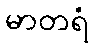
မာတရံ